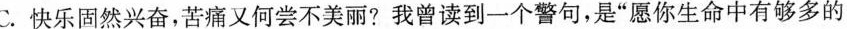
C.快乐固然兴奋，苦痛又何尝不美丽?我曾读到一个警句，是”愿你生命中有够多的